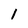
Character: i